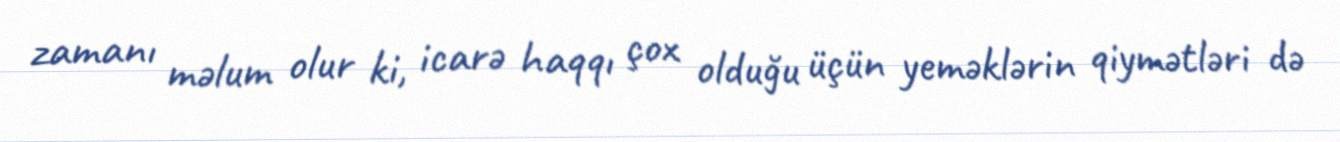
zamanı məlum olur ki, icarə haqqı çox olduğu üçün yeməklərin qiymətləri də